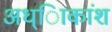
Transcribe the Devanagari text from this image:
अध्ािकांश